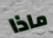
ماذا